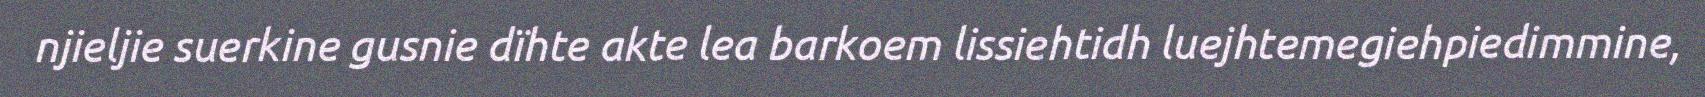
njieljie suerkine gusnie dïhte akte lea barkoem lissiehtidh luejhtemegiehpiedimmine,